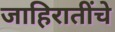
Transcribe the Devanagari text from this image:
जाहिरातींचे